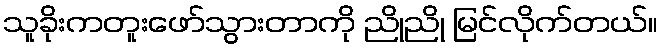
သူခိုးကတူးဖော်သွားတာကို ညိုညို မြင်လိုက်တယ်။